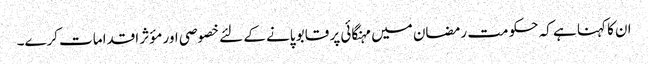
ان کا کہنا ہے کہ حکو مت رمضان میں مہنگائی پر قابو پانے کے لئے خصوصی اور مؤثر اقدامات کرے۔